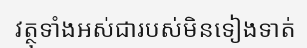
វត្ថុទាំងអស់ជារបស់មិនទៀងទាត់